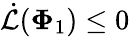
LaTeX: \dot{\mathcal{L}}(\mathbf{\Phi}_{1})\leq 0